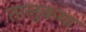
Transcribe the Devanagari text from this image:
तालुकया